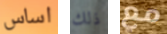
اساس ذلك مع